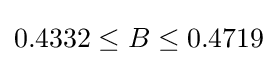
0.4332\leq B\leq 0.4719